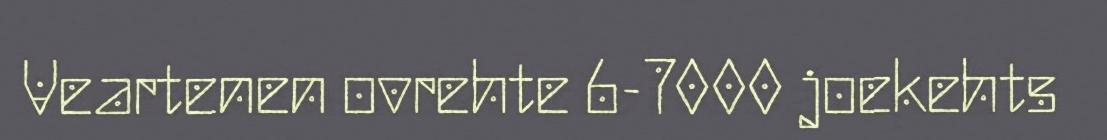
Veartenen ovrehte 6-7000 joekehts